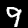
Digit: 9